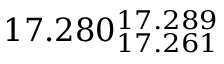
1 7 . 2 8 0 _ { 1 7 . 2 6 1 } ^ { 1 7 . 2 8 9 }